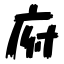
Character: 府